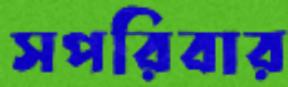
সপরিবার